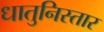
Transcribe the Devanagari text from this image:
धातुनिस्तार